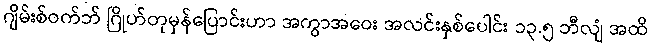
ဂျိမ်းစ်ဝက်ဘ် ဂြိုဟ်တုမှန်ပြောင်းဟာ အကွာအဝေး အလင်းနှစ်ပေါင်း ၁၃.၅ ဘီလျံ အထိ